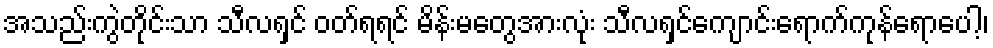
အသည်းကွဲတိုင်းသာ သီလရှင် ဝတ်ရရင် မိန်းမတွေအားလုံး သီလရှင်ကျောင်းရောက်ကုန်ရောပေါ့၊